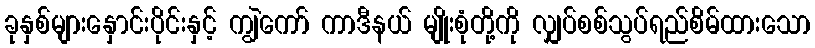
ခုနှစ်များနှောင်းပိုင်းနှင့် ကျွဲကော် ကာဒီနယ် မျိုးစုံတို့ကို လျှပ်စစ်သွပ်ရည်စိမ်ထားသော